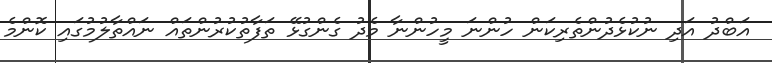
އަބްދު އަދި ނުކުޅެދުންތެރިކަން ހުންނަ މީހުންނާ މެދު ގެންގުޅޭ ތަފާތުކުރުންތައް ނައްތާލުމުގައި ކޮންމެ